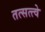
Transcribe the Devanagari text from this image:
तत्सत्त्वे